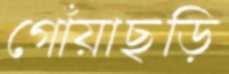
গোঁয়াছড়ি